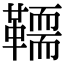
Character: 𩍄